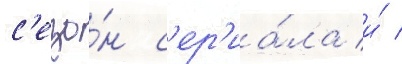
с'езо́н с'ер'иа́ла и́ /